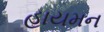
હાયમન